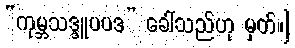
“ကုမ္ဘသဒ္ဒူပပဒ” ခေါ်သည်ဟု မှတ်။]